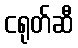
ငရုတ်ဆီ